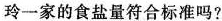
玲一家的食盐量符合标准吗?